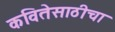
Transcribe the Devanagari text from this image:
कवितेसाठीचा